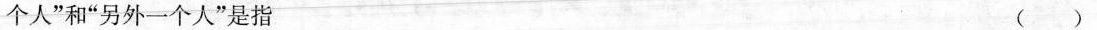
个人”和”另外一个人”是指（）